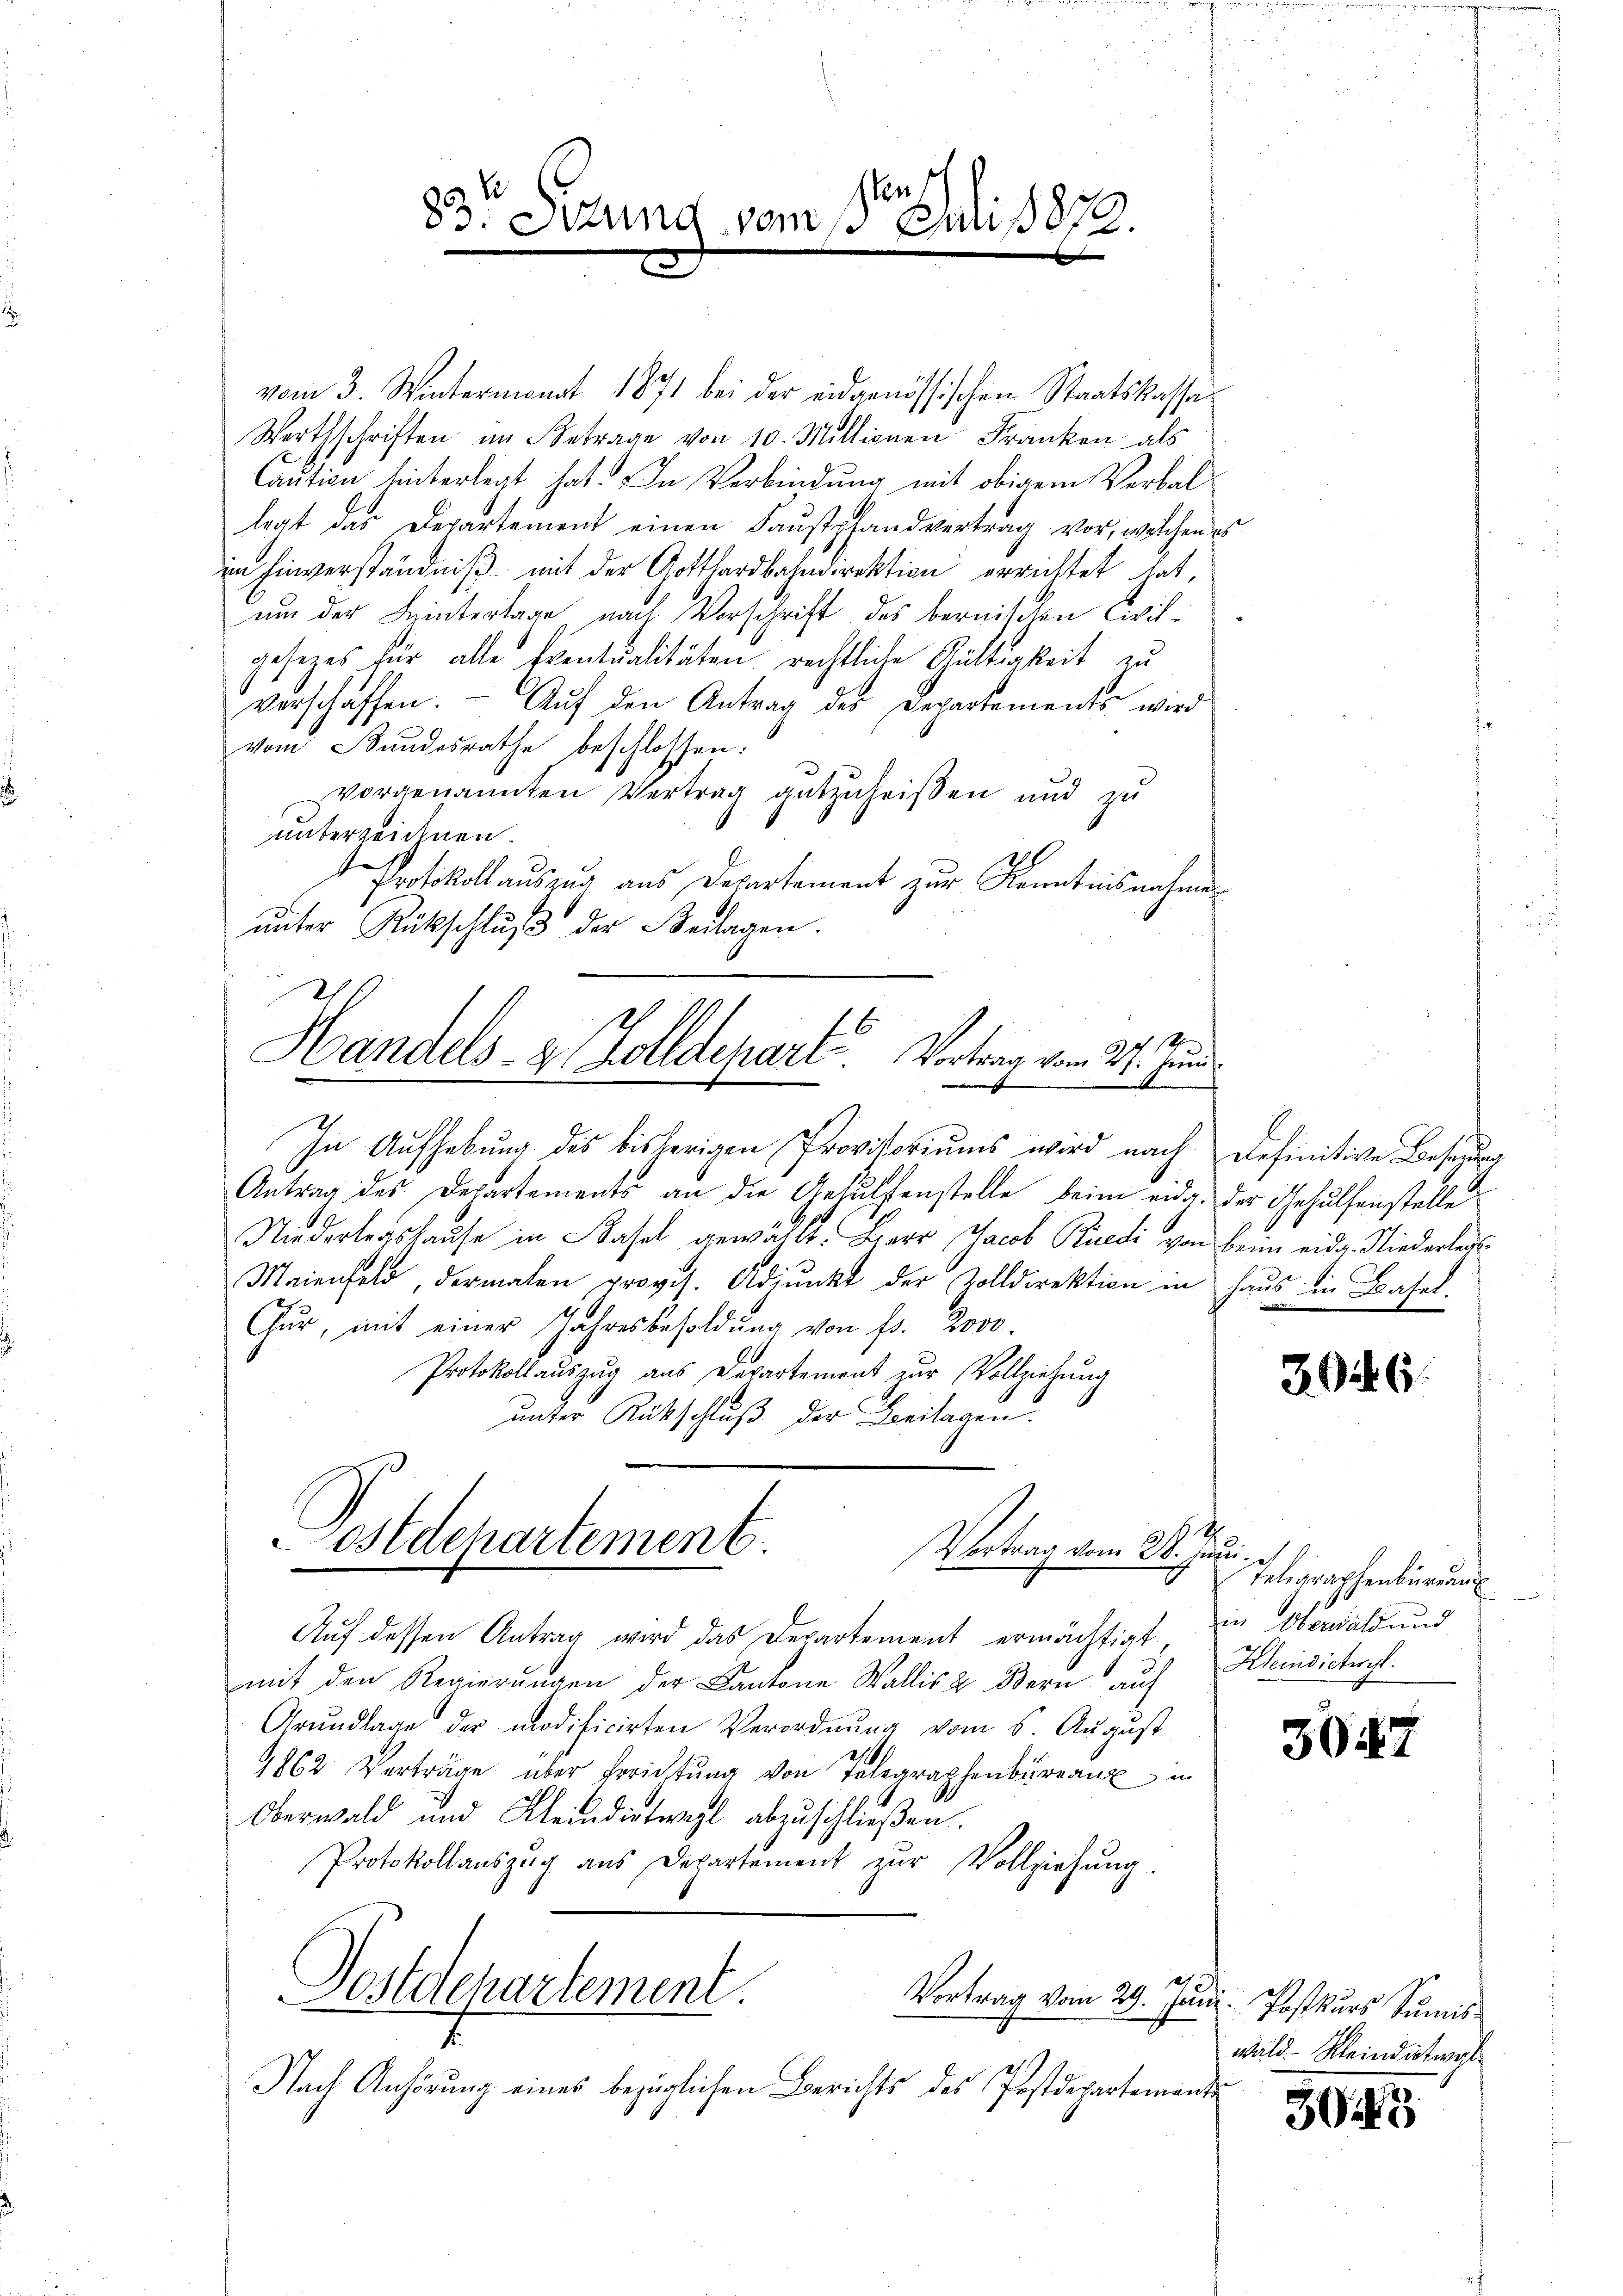
sen
23t Setung vom 15. Juni 1872.

vom 3. Wintermonat 1871 bei der eidgenössischen Staatskassa¬
Wortsschriften im Betrage von 10. Millionen Franken als
Caution hinterlegt hat. In Verbindung mit obigem Verballegt das Departement einen Faustpfandvertrag vor, welchen e
im Einverständniß mit der Gotthardbahndirektion errichtet hat,
um der Hintertage nach Vorschrift des bernischen Civilgesezes für alle Eventualitäten rechtliche Gültigkeit zu
verschaffen. Auf den Antrag der Departements wird
vom Bundesrathe beschlossen:
vorgenannten Vertrag gutzuheißen und zu
unterzeichnen.
Protokoll auszug aus Departement zur Kenntnisnahmen
ŭnter Rückschlŭβ der Beilagen.
Antrag des Departements an die Gehülfenstelle beim eidg. der Gehülfenstelle
Niederlagshause in Basel gewählt. Herr Jacob Rüedi von beim eidg. Niederleut
Maienfeld, dermalen provis. Adjunkt der Zolldirektion in haŭs in Basel.
Gŭr, mit einer Jahresbesoldŭng von fr. 2000.
Protokollauszug aus Departement zur Vollziehung
unter Rückschluß der Beilagen.
4
ostdepartement
Vortrag vom 28. Juni.
Auf dessen Antrag wird das Departement ermächtigt, in Oberwald und
mit den Regierungen der Kantone Wallis & Bern auf Kleinsichergl.
Grundlage der modificirten Verordnung vom 6. August
9862. Verträge über Errichtŭng von Telegraphen in
Oberwald und Kleidirtweil abzuschlieβen.
Protokollauszug aus Departement zŭr Vollziehung.
Postdepartement.
Vortrag vom 29. Juni. Postkurs Sŭmis¬
Nach Anhörung eines bezüglichen Berichts des Postdepartemente

S
Handels- & Zolldepart. Vortrag vom 27. und
.

In Aufhebung des bisherigen Provisoriums wird nach definitive Besizung

394. 6

Telegraphenbürger

3047

wald - Kleindetwas

3045